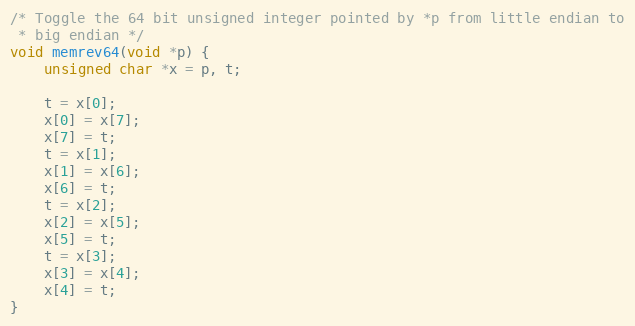
Language: C
/* Toggle the 64 bit unsigned integer pointed by *p from little endian to
 * big endian */
void memrev64(void *p) {
    unsigned char *x = p, t;

    t = x[0];
    x[0] = x[7];
    x[7] = t;
    t = x[1];
    x[1] = x[6];
    x[6] = t;
    t = x[2];
    x[2] = x[5];
    x[5] = t;
    t = x[3];
    x[3] = x[4];
    x[4] = t;
}